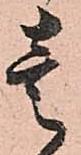
壱